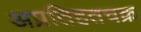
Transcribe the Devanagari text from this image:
अप्रतिहतचक्र